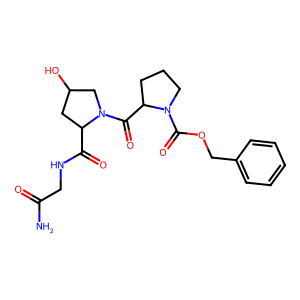
SMILES: NC(=O)CNC(=O)C1CC(O)CN1C(=O)C1CCCN1C(=O)OCc1ccccc1
Inhibits HIV replication: No